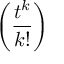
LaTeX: \left( { \frac { t ^ { k } } { k ! } } \right)